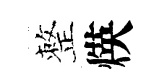
整煐